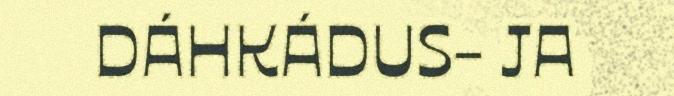
DÁHKÁDUS- JA